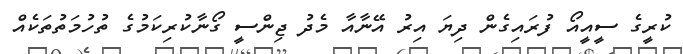
ކުރީގެ ސީއީއޯ ފުރައިގެން ދިޔަ އިރު އޭނާއާ މެދު ޖިންސީ ގޯނާކުރިކަމުގެ ތުހުމަތުތަކެއް